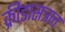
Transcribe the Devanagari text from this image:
क्रीडासत्रात